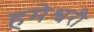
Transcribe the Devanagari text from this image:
हमेश्वरी